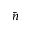
\bar { n }